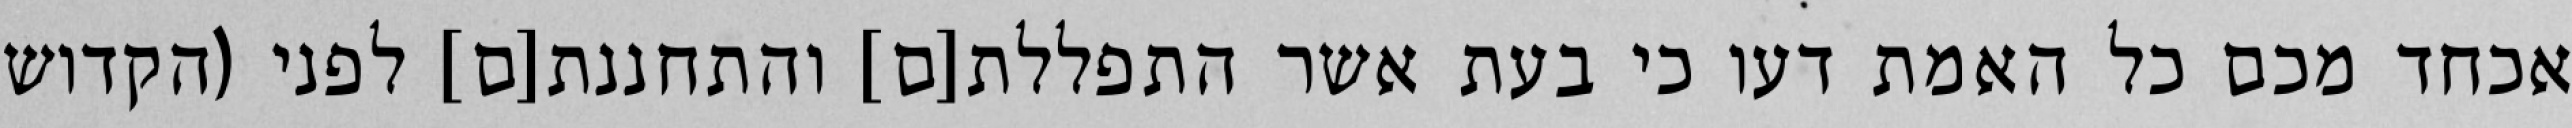
אכחד מכם כל האמת דעו כי בעת אשר התפללת[ם] והתחננת[ם] לפני (הקדוש